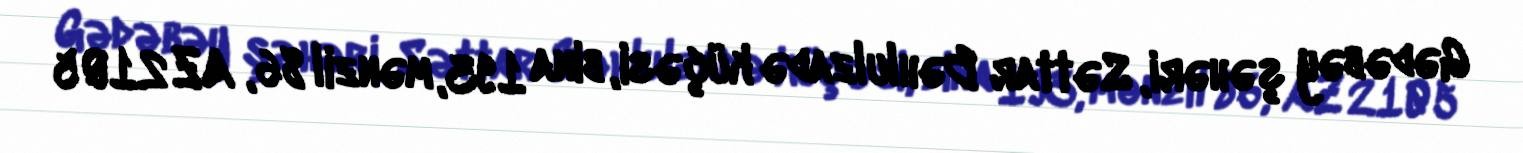
Gədəbəy şəhəri, Səttar Bəhlulzadə küçəsi, bina 193, mənzil 86, AZ 2105